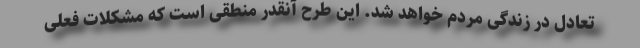
تعادل در زندگی مردم خواهد شد. این طرح آنقدر منطقی است که مشکلات فعلی